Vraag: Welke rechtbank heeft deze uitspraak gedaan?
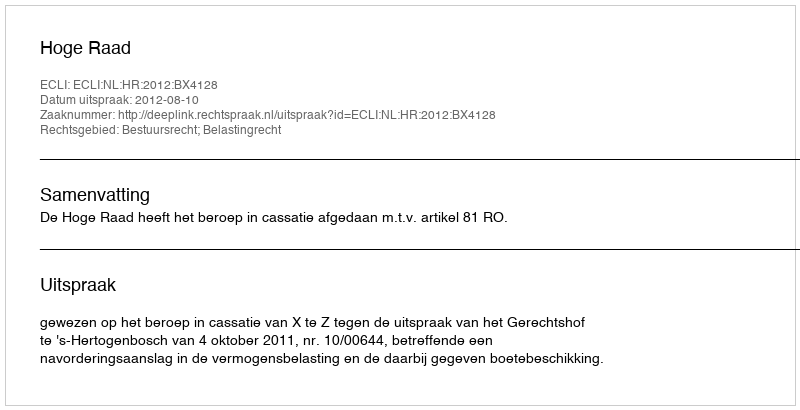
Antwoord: Hoge Raad